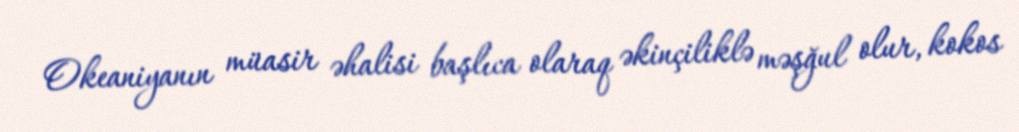
Okeaniyanın müasir əhalisi başlıca olaraq əkinçiliklə məşğul olur, kokos